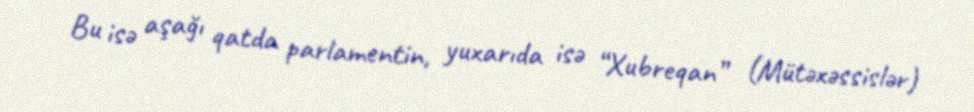
Bu isə aşağı qatda parlamentin, yuxarıda isə “Xubreqan” (Mütəxəssislər)